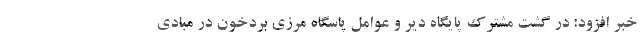
خبر افزود: در گشت مشترک پایگاه دیر و عوامل پاسگاه مرزی بردخون در مبادی